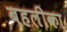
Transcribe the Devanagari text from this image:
बहलीका